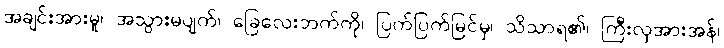
အချင်းအားမူ၊ အသွားမပျက်၊ ခြေလေးဘက်ကို၊ ပြက်ပြက်မြင်မှ၊ သိသာရ၏၊ ကြီးလှအားအန်၊